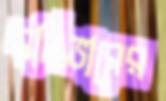
বলিভারের